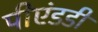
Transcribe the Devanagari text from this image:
पीएंडडी